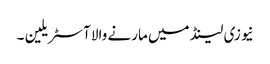
نیوزی لینڈ میں مارنے والا آسٹریلین ۔